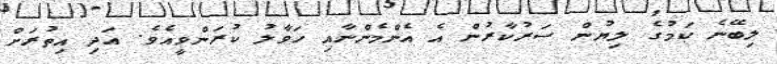
ލިބޭނެ ކަމުގެ ލިޔުން ސަރުކާރުން އެ އެންމެންނާއި ހަވާލު ކުރަންވީއެވެ. އަދި އިތުރަށް